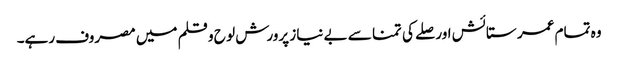
وہ تمام عمر ستائش اور صلے کی تمنا سے بے نیاز پرورش لو ح و قلم میں مصروف رہے۔